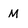
Character: M